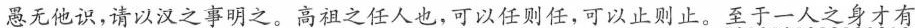
愚无他识，请以汉之事明之。高祖之任人也，可以任则任，可以止则止。至于一人之身才有